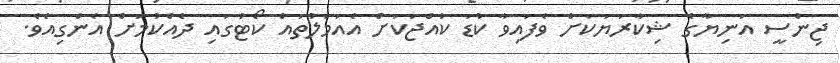
ޖިންސީ އަނިޔާގެ ޝިކާރަޔަކަށް ވެފައިވާ ކުޑަ ކުއްޖަކަށް އެއަމަލުތައް ކޯޓުގައި ދެއްކުމަށް އެންގިއެވެ.